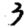
Digit: 3